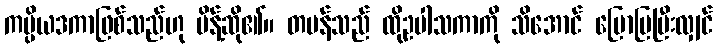
ကပ္ပိယဒကာဖြစ်သည်ဟု မိန့်ဆို၏။ တမန်သည် ထိုဥပါသကာကို သိအောင် ပြောပြပြီးလျှင်